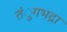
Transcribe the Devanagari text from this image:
तंुगभद्रा